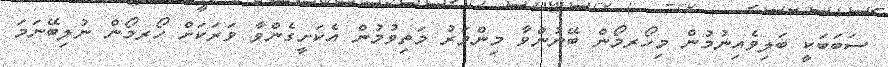
ސަބަބަކީ ބަލިވެއިނުމުން މިހޯރމޯން ބޭނުންވާ މިންވަރު މަތިވުމުން އެކަށީގެންވާ ވަރަކަށް ހޯރމޯން ނުލިބޭނަމަ